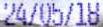
24/05/18